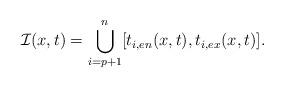
LaTeX: \begin{align*} \mathcal{I}(x,t)=\bigcup_{i=p+1}^{n}[t_{i,en}(x,t),t_{i,ex}(x,t)].\end{align*}